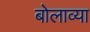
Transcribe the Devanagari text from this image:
बोलाव्या